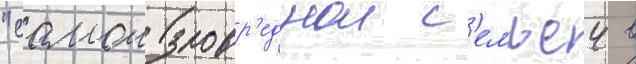
"самои зловр'еднои с'емьеи в